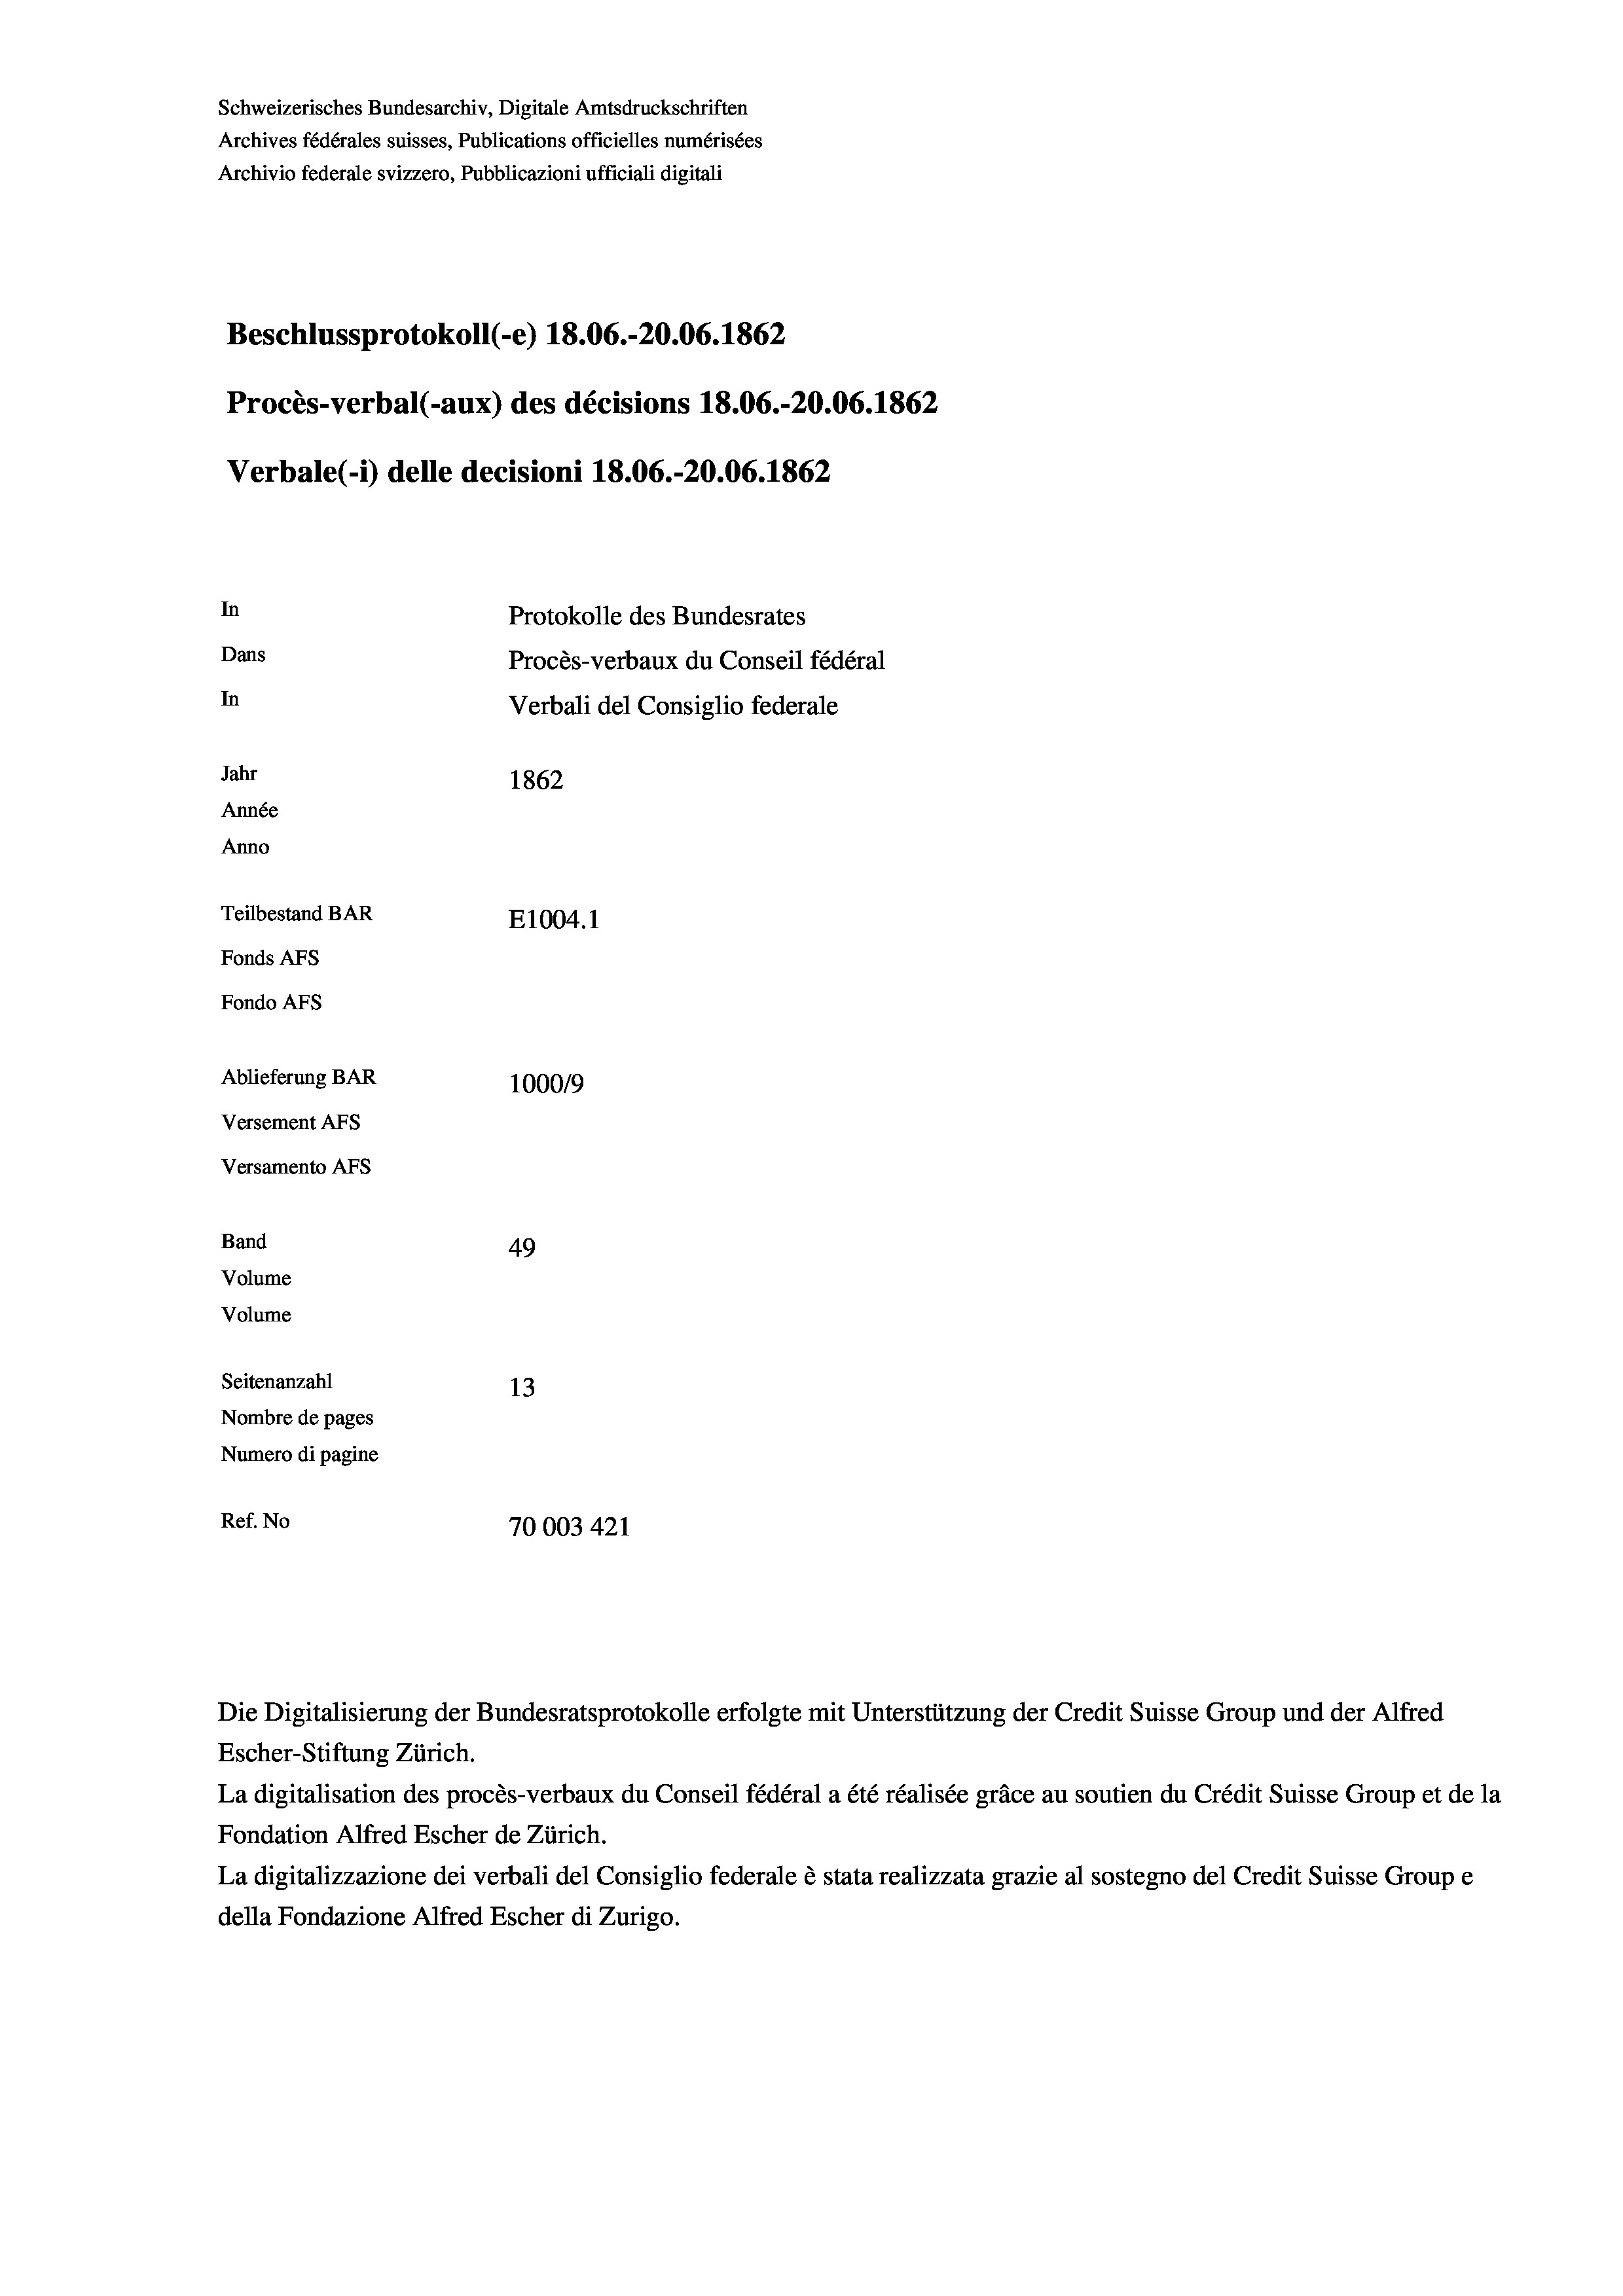
Schweizerisches Bundesarchiv, Digitale Amtsdruckschriften
Archives fédérales suisses, Publications officielles numérisées
Archivio federale svizzero, Pubblicazioni ufficiali digitali
Beschlussprotokoll (-e) 18.06.-20.06. 1862
Procès-verbal (-aux) des décisions 18.06.-20.06. 1862
Verbale (i) delle decisioni 18.06.-20.06. 1862
In
Protokolle des Bundesrates
Dans
Procès-verbaux du Conseil fédéral
In
Verbali del Consiglio federale
Jahr
1862
Année
Anno
Teilbestand BAR
E1004. 1
Fonds AFs
Fondo Afs
Ablieferung BAR
100019
Versement AFs
Versamento Afs
Band
49
Volume
Volume
Seitenanzahl
13
Nombre de pages
Numero di pagine
Ref. No
70003 421

Escher-Stiftung Zürich.
La digitalisation des procès-verbaux du Conseil fédéral a été réalisée gräce au soutien du Crédit Suisse Group et de la
Fondation Alfred Escher de Zürich.
La digitalizzazione dei verbali del Consiglio federale è stata realizzata grazie al sostegno del Credit Suisse Groupe
della Fondazione Alfred Escher di Zurigo.

Die Digitalisierung der Bundesratsprotokolle erfolgte mit Unterstützung der Credit Suisse Group und der Alfred